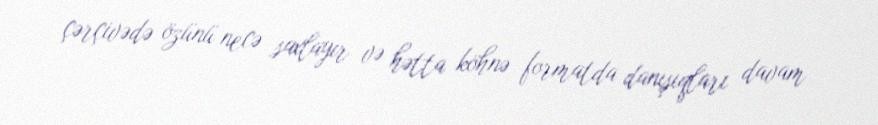
çərçivədə özünü necə saxlayır və hətta köhnə formatda danışıqları davam